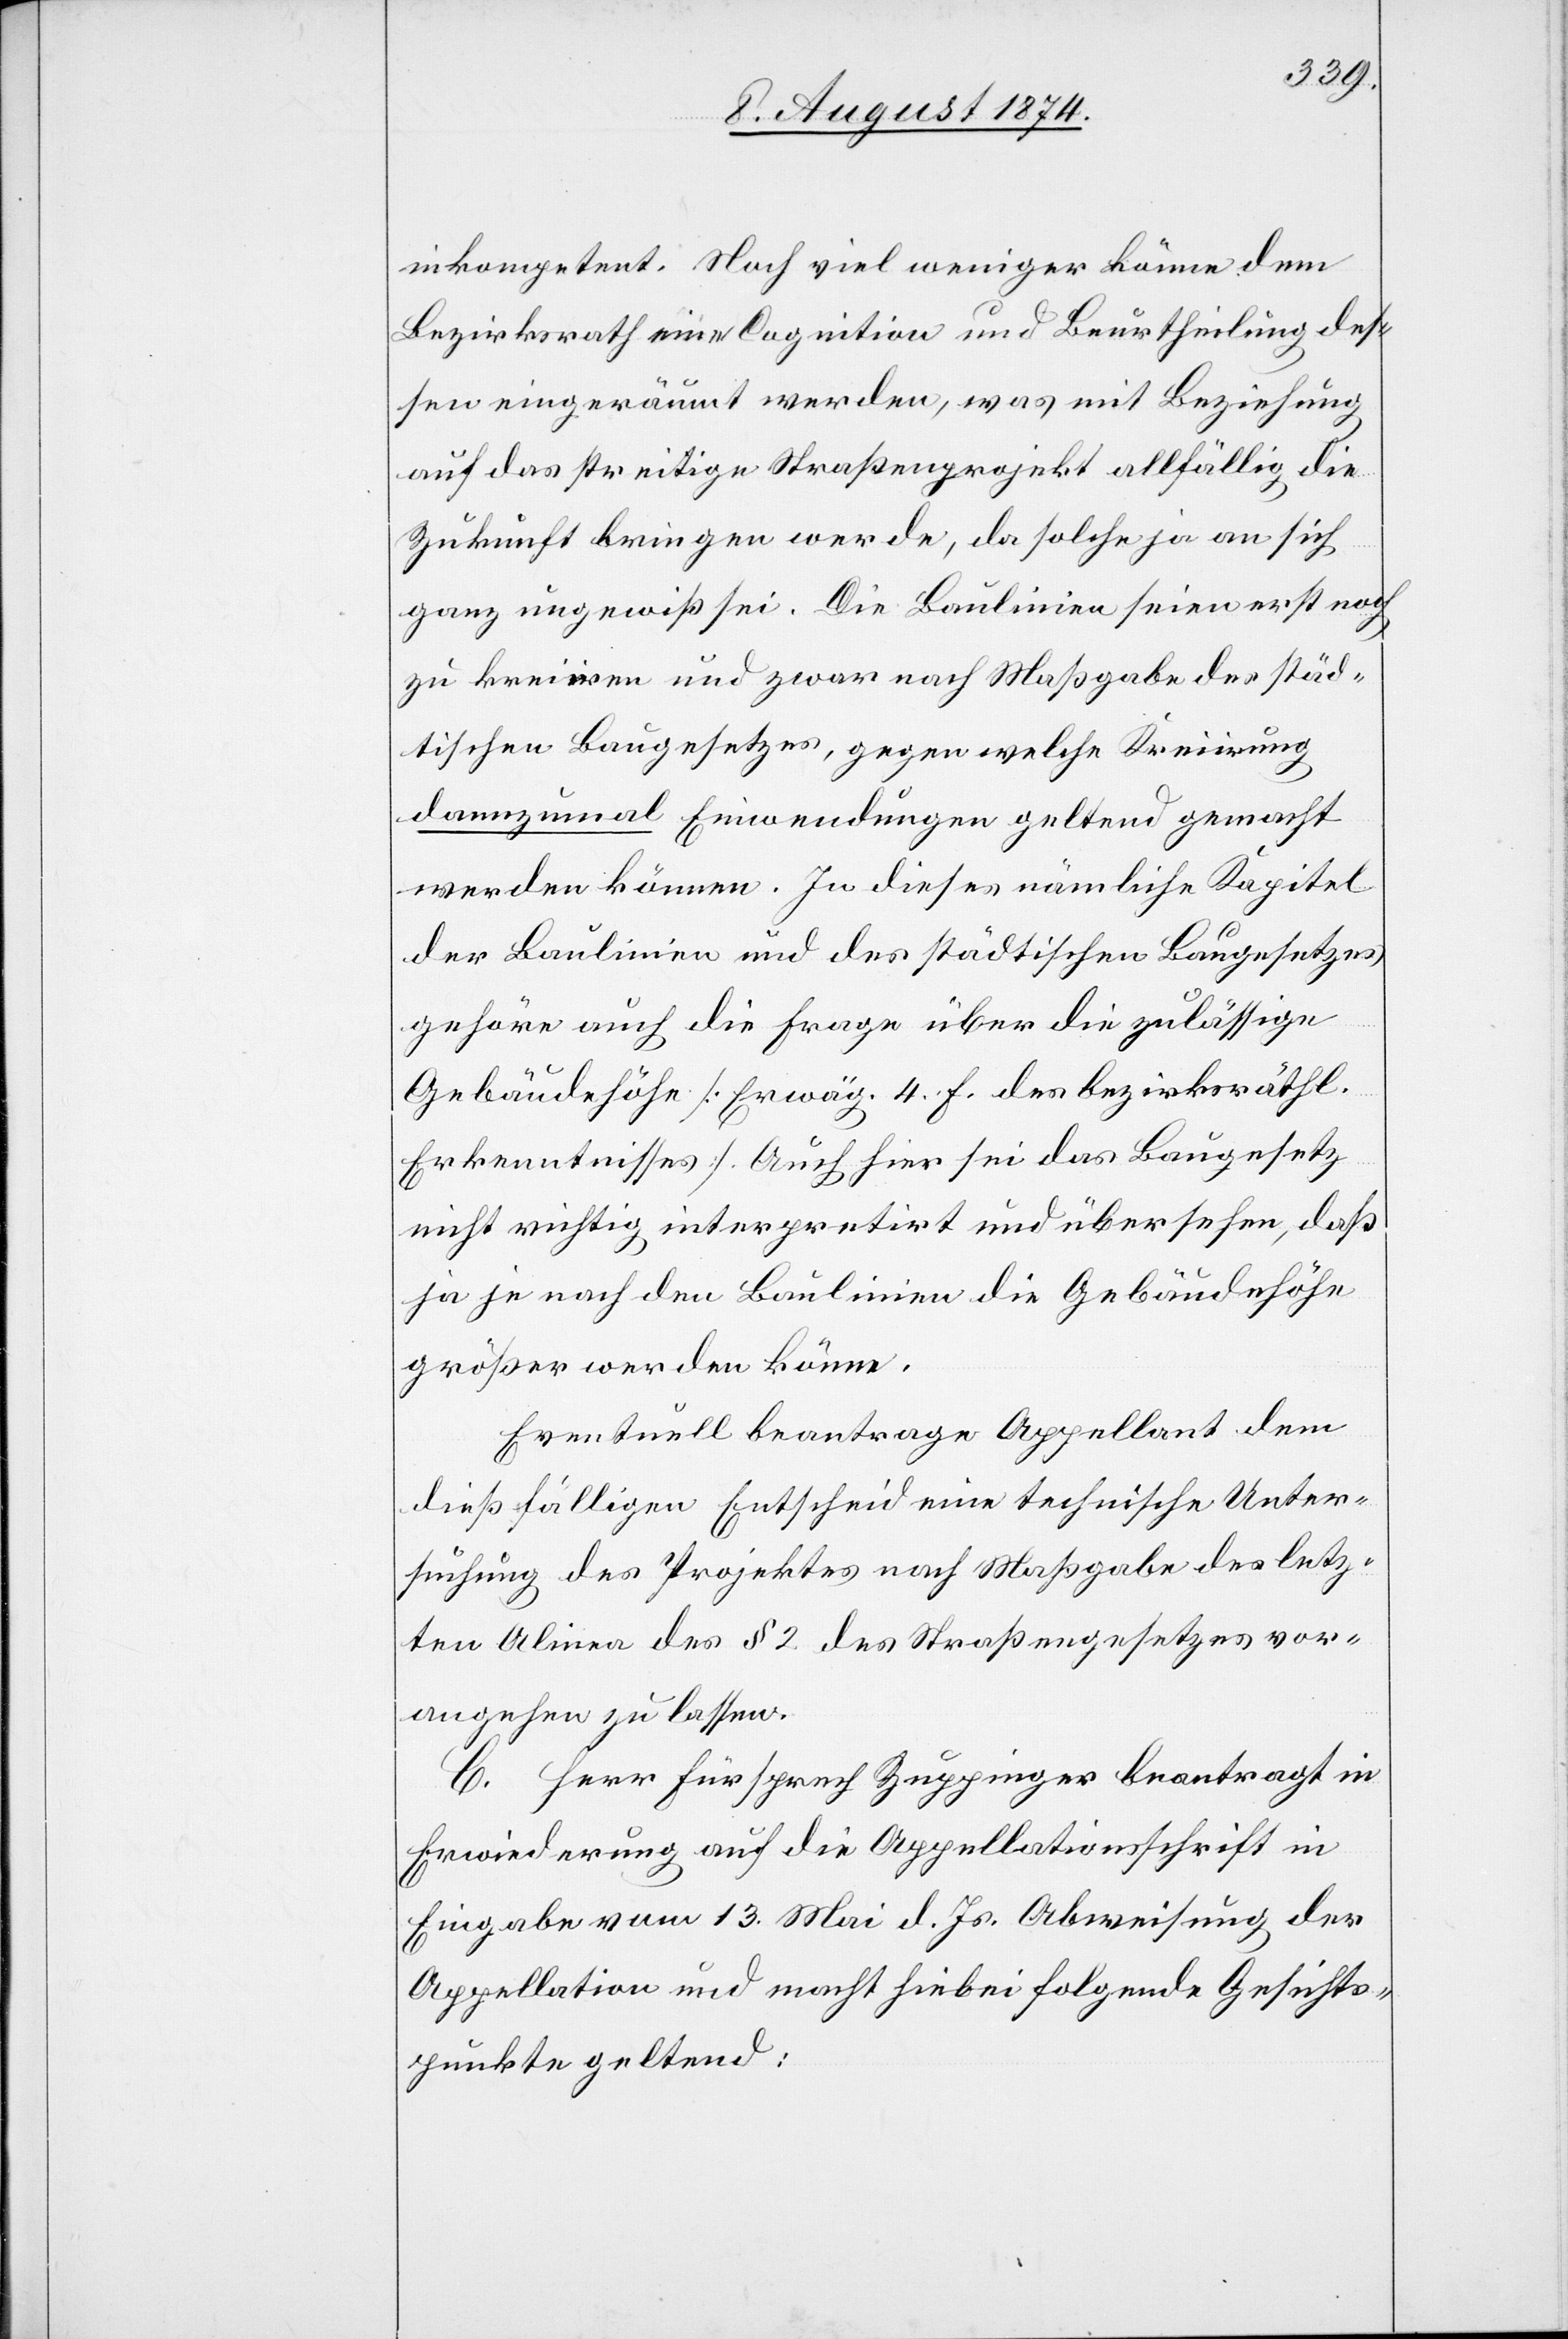
inkompetent. Noch viel weniger könne dem
Bezirksrath eine Cognition und Beurtheilung des¬
sen eingeräumt werden, was mit Beziehung
auf das streitige Straßenprojekt allfällig die
Zukunft bringen werde, da solche ja an sich
ganz ungewiß sei. Die Baulinien seien erst noch
zu kreiiren und zwar nach Maßgabe des städ¬
tischen Baugesetzes, gegen welche Kreiirung
dannzumal Einwendungen geltend gemacht
werden können. In dieses nämliche Kapitel
der Baulinien und des städtischen Baugesetzes
gehöre auch die Frage über die zulässige
Gebäudehöhe [Erwäg. 4 F. des bezirksräthl.
Erkenntnisses]. Auch hier sei das Baugesetz
nicht richtig interpretirt und übersehen, daß
ja je nach den Baulinien die Gebäudehöhe
größer werden könne.
Eventuell beantrage Appellant dem
dießfälligen Entscheid eine technische Unter¬
suchung des Projektes nach Maßgabe des letz¬
ten Alinea des § 2 des Straßengesetzes vor¬
angehen zu lassen.
C. Herr Fürsprech Zuppinger beantragt in
Erwiederung auf die Appellationsschrift in
Eingabe vom 13. Mai d. Js. Abweisung der
Appellation und macht hiebei folgende Gesichts¬
punkte geltend: